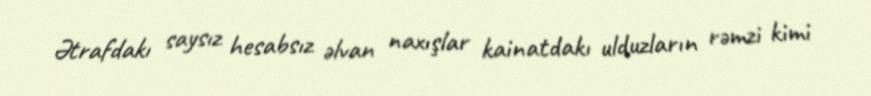
Ətrafdakı saysız hesabsız əlvan naxışlar kainatdakı ulduzların rəmzi kimi